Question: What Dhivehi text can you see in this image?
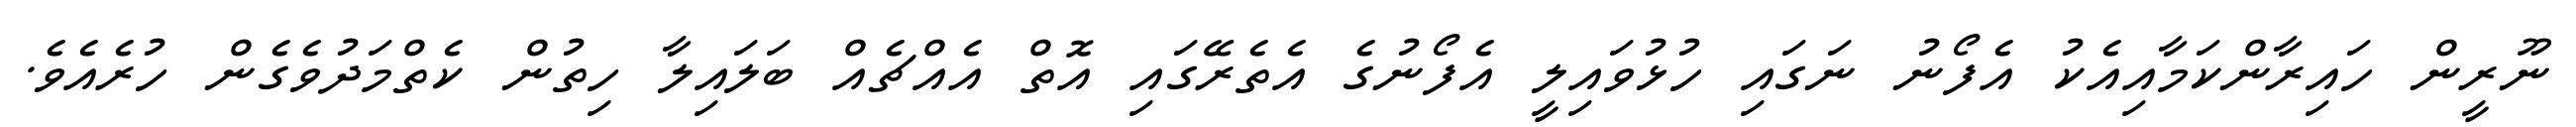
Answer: ނޫރީން ހައިރާންކަމާއިއެކު އެފޯނު ނަގައި ހުޅުވައިލީ އެފޯނުގެ އެތެރޭގައި އޮތް އެއްޗެއް ބަލައިލާ ހިތުން ކެތްމަދުވެގެން ހުރެއެވެ.